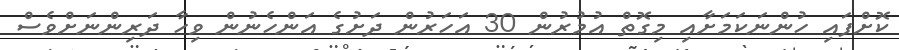
ކޮށްފައި ހުންނަކަމަށާއި މިގޮތް އުމުރުން 30 އަހަރުން ދަށުގެ އަންހެނުން ވިހާ ދަރިންނަށްވެސް